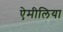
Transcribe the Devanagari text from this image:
ऐमीलिया